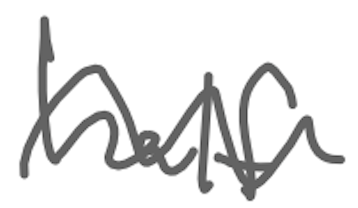
Text: half
Cross-out: wave
Writing tool: digital_gray